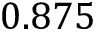
0 . 8 7 5